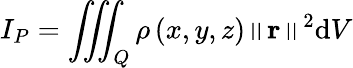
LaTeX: I_{P}=\iiint_{Q}\rho\left(x,y,z\right)\left\| \mathbf{r}\right\| ^{2}\mathrm{d}V